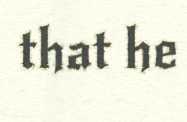
that he